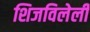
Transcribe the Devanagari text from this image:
शिजविलेली